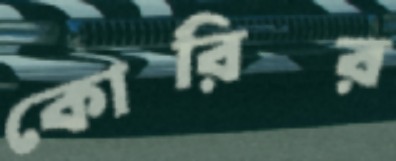
কোরির